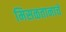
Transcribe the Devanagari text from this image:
मिसळतानाचे